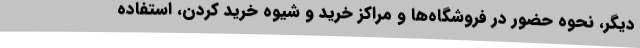
دیگر، نحوه حضور در فروشگاه‌ها و مراکز خرید و شیوه خرید کردن، استفاده